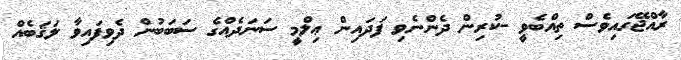
ރާއްޖޭގައިވެސް ތިއްބެވީ -ކުރިން ދެންނެވި ފަދައިން ޢިލްމީ ސަނަދެއްގެ ސަބަބުން ދެވިފައިވާ ލަޤަބެއް